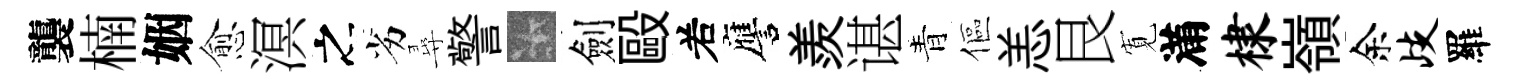
襲楠姻愈溟之劣尋警卡劍毆𠰥譍羨谌青傴恙艮𡩖滿棣嶺余歧羅